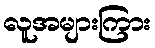
လူအများကြား